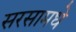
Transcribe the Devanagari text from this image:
सरसामधे